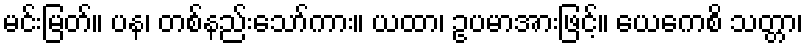
မင်းမြတ်။ ပန၊ တစ်နည်းသော်ကား။ ယထာ၊ ဥပမာအားဖြင့်။ ယေကေစိ သတ္တာ၊